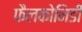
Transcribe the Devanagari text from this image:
फैलकोनिडी